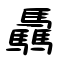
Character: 驫